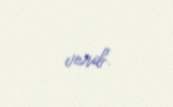
verib.